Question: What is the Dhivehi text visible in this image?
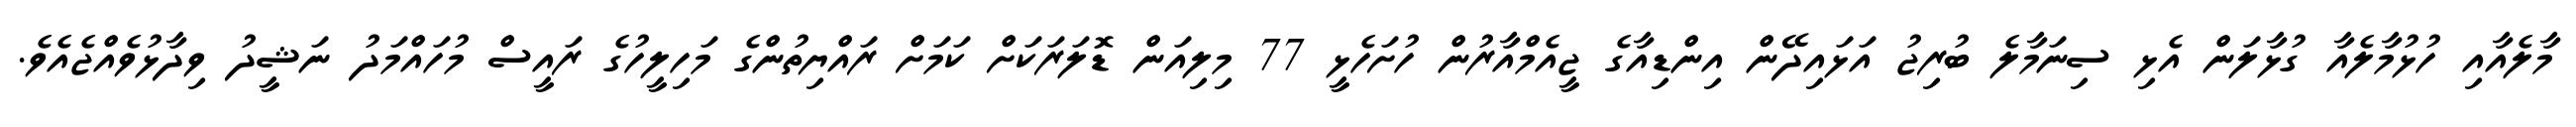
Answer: މާލެއާއި ހުޅުމާލެއާ ގުޅާލަން އެޅި ސިނަމާލެ ބުރިޖު އަޅައިދޭން އިންޑިއާގެ ޖީއެމްއާރުން ހުށަހެޅީ 77 މިލިއަން ޑޮލަރަކަށް ކަމަށް ރައްޔިތުންގެ މަހިލީހުގެ ރައީސް މުހައްމަދު ނަޝީދު ވިދާޅުވެއްޖެއެވެ.